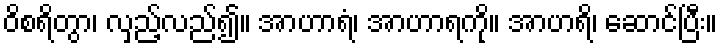
ဝိစရိတွာ၊ လှည့်လည်၍။ အာဟာရံ၊ အာဟာရကို။ အာဟရိ၊ ဆောင်ပြီး။